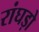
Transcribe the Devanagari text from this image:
रांघड़ो